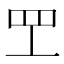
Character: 𬙕